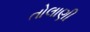
તોલાણી